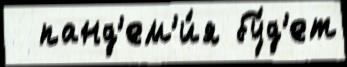
  панд'ем'и́я бу́д'ет